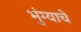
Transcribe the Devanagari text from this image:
भुंग्याचे